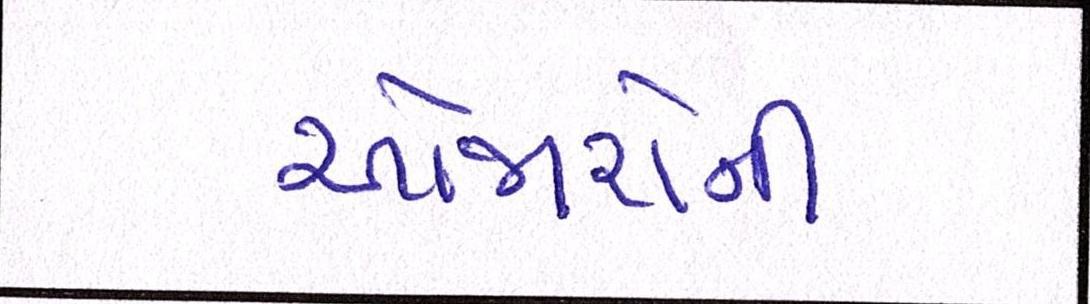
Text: ઓજારોની